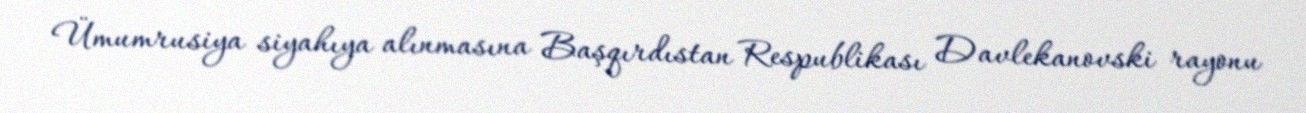
Ümumrusiya siyahıya alınmasına Başqırdıstan Respublikası Davlekanovski rayonu